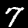
Digit: 7